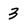
Character: 3